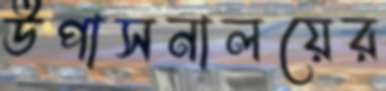
উপাসনালয়ের